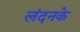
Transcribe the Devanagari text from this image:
लंदनके